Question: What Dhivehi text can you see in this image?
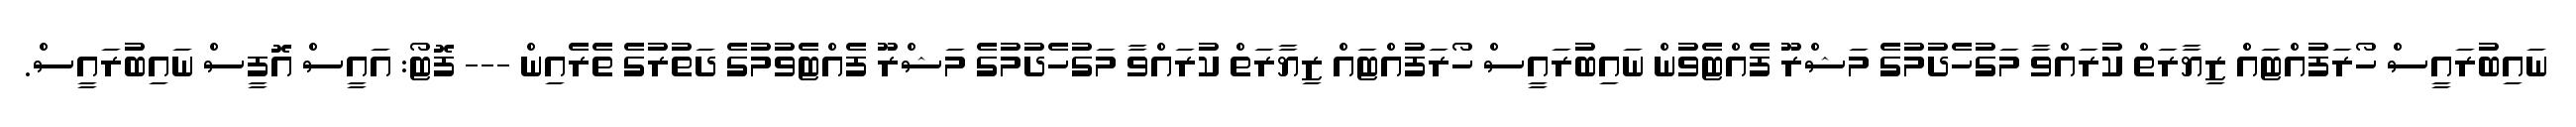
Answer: ނައިބުރައީސް ހޯރަފުއްޓައް ޒިޔާރަތް ކުރައްވާ މަގުހެދުމުގެ މަޝްރޫ ފެއްޓެވުން ނައިބުރައީސް ހޯރަފުއްޓައް ޒިޔާރަތް ކުރައްވާ މަގުހެދުމުގެ މަޝްރޫ ފެއްޓެވުމުގެ ދަތުރުގެ ތެރެއިން --- ފޮޓޯ: އައީސް އޮފީސް ނައިބުރައީސް.